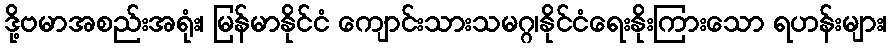
ဒို့ဗမာအစည်းအရုံး၊ မြန်မာနိုင်ငံ ကျောင်းသားသမဂ္ဂ၊နိုင်ငံရေးနိုးကြားသော ရဟန်းများ၊